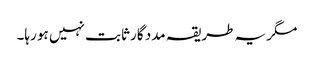
مگر یہ طریقہ مدد گار ثابت نہیں ہو رہا۔